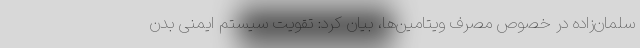
سلمان‌زاده در خصوص مصرف ویتامین‌ها، بیان کرد: تقویت سیستم ایمنی بدن